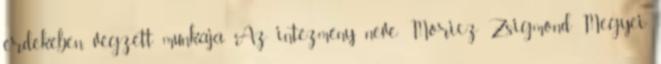
érdekében végzett munkája Az intézmény neve: Móricz Zsigmond Megyei